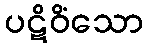
ပဋိဝိံသော